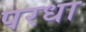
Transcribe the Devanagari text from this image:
परधा